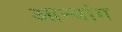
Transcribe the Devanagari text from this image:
आन्यांग